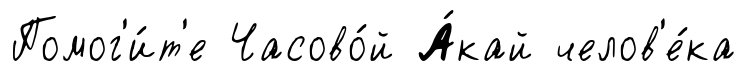
Помог'и́т'е Часово́й А́кай челов'е́ка